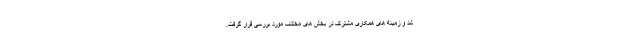
شد و زمینه های همکاری مشترک در بخش های مختلف مورد بررسی قرار گرفت.